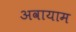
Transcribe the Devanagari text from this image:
अवायाम